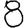
Digit: 8